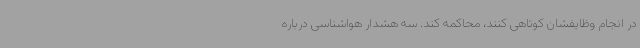
در انجام وظایفشان کوتاهی کنند، محاکمه کند. سه هشدار هواشناسی درباره